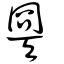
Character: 臩